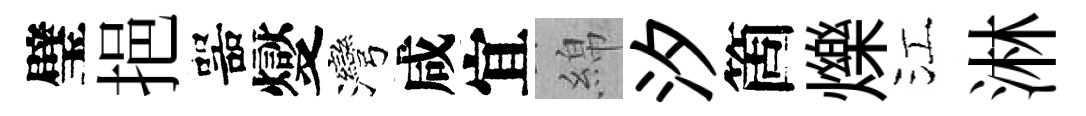
璧挹噐燮灣咸宜綿汐箇爍江淋